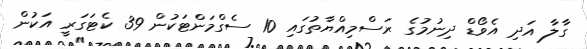
ގާލާ އަދި އެވޯޑް ދިނުމުގެ ރަސްމިއްޔާތުގައި 10 ސެގްމަންޓަކުން 39 ކެޓަގަރީ އަކުން